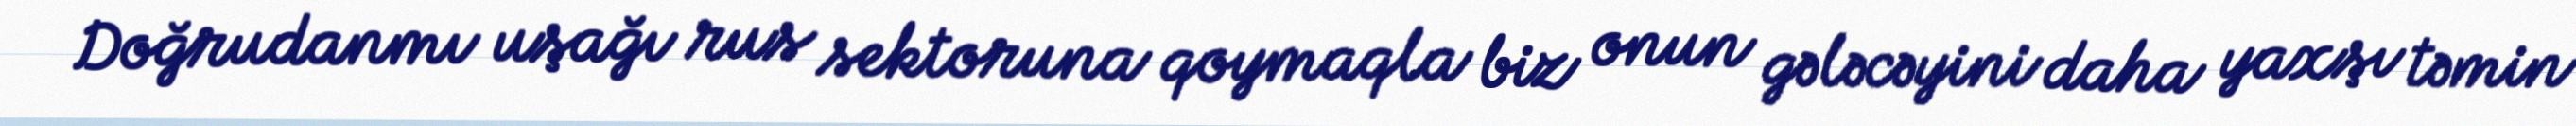
Doğrudanmı uşağı rus sektoruna qoymaqla biz onun gələcəyini daha yaxşı təmin